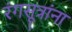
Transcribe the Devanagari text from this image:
रंगसूत्रांना